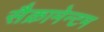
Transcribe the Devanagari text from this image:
सैक्रामेन्टम